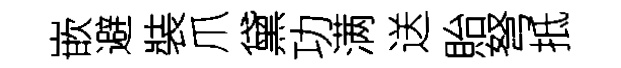
嵌避裝爪黛功满送貽弩抵